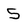
Character: 5